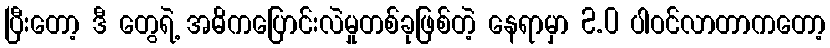
ပြီးတော့ ဒီ တွေရဲ့ အဓိကပြောင်းလဲမှုတစ်ခုဖြစ်တဲ့ နေရာမှာ 2.0 ပါဝင်လာတာကတော့